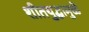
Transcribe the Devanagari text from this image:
शीतयुद्धामुळे